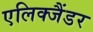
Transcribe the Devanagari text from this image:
एलिक्जैंडर